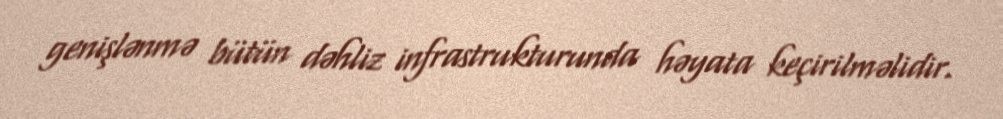
genişlənmə bütün dəhliz infrastrukturunda həyata keçirilməlidir.